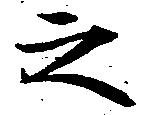
之